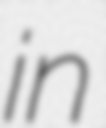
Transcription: in